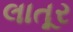
લાતૂર